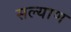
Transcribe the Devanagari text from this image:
सल्याण